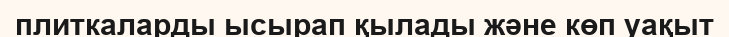
плиткаларды ысырап қылады және көп уақыт